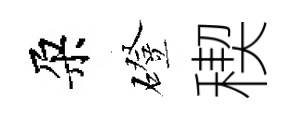
朶磴稧